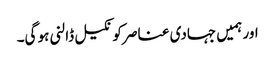
اور ہمیں جہادی عناصر کو نکیل ڈالنی ہو گی۔